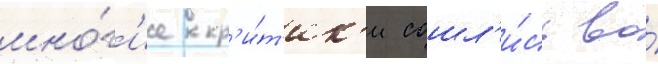
мно́г'ие кр'и́т'ик'и сошл'и́сь во́